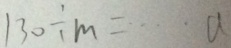
1 3 0 \div m = \cdots a